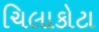
ચિલાકોટા